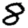
Digit: 8